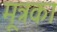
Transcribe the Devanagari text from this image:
मूत्रका